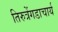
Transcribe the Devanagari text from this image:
तिरुत्रेंगडाचार्य